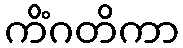
ကိံဂတိကာ